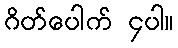
ဂိတ်ပေါက် ၄ပါ။